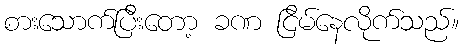
စားသောက်ပြီးတော့ ခဏ ငြိမ်နေလိုက်သည်။